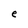
Character: e